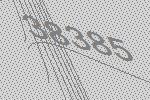
38385